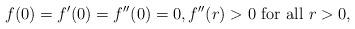
LaTeX: \begin{align*}f(0)=f'(0)=f''(0)=0,f''(r)>0\mbox{ for all }r>0,\end{align*}